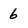
Character: 6